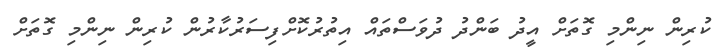
ކުރިން ނިންމި ގޮތަށް އީދު ބަންދު ދުވަސްތައް އިތުރުކޮށްފިސަރުކާރުން ކުރިން ނިންމި ގޮތަށް